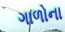
ગાળોના